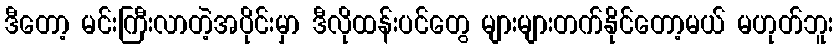
ဒီတော့ မင်းကြီးလာတဲ့အပိုင်းမှာ ဒီလိုထန်းပင်တွေ များများတက်နိုင်တော့မယ် မဟုတ်ဘူး